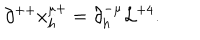
LaTeX: \partial ^ { + + } x _ { h } ^ { \mu + } = \partial _ { h } ^ { - \mu } { \cal L } ^ { + 4 } .